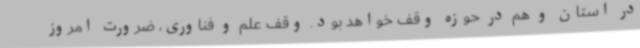
در استان و هم در حوزه وقف خواهد بود. وقف علم و فناوری، ضرورت امروز